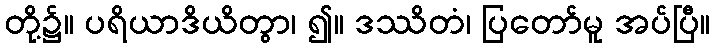
တို့၌။ ပရိယာဒိယိတွာ၊ ၍။ ဒဿိတံ၊ ပြတော်မူ အပ်ပြီ။